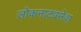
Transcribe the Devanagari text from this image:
लोकनाट्यसेवा